Madras plague regulations in force outside the Presidency town - Volume 3
Disease focus: Plague
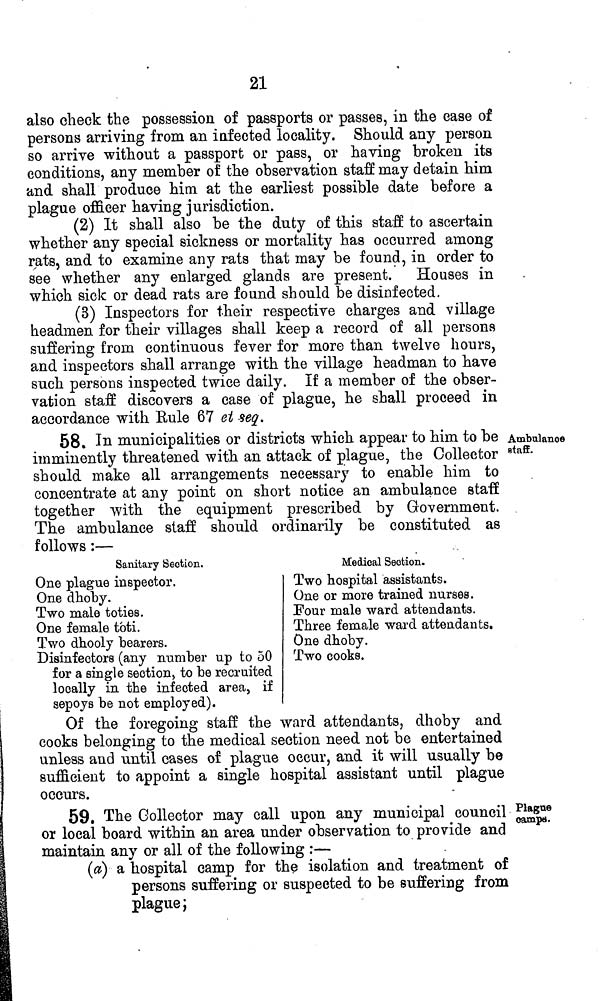
21
also check the possession of passports or passes, in the case of
persons arriving from an infected locality. Should any person
so arrive without a passport or pass, or having broken its
conditions, any member of the observation staff may detain him
and shall produce him at the earliest possible date before a
plague officer having jurisdiction.
(2) It shall also be the duty of this staff to ascertain
whether any special sickness or mortality has occurred among
rats, and to examine any rats that may be found, in order to
see whether any enlarged glands are present. Houses in
which sick or dead rats are found should be disinfected.
(3) Inspectors for their respective charges and village
headmen for their villages shall keep a record of all persons
suffering from continuous fever for more than twelve hours,
and inspectors shall arrange with the village headman to have
such persons inspected twice daily. If a member of the obser-
vation staff discovers a case of plague, he shall proceed in
accordance with Eule 67 et seq.
Ambulance
Btaff.
58. In municipalities or districts which appear to him to be
imminently threatened with an attack of plague, the Collector
should make all arrangements necessary to enable him to
concentrate at any point on short notice an ambulance staff
together with the equipment prescribed by Government.
The ambulance staff should ordinarily be constituted as
follows :—
Sanitary Section.
One plague inspector.
One dhoby.
Two male toties.
One female toti.
Two dhooly bearers.
Disinfectors (any number up to 50
\
»/
.IT
for a single section, to be recruited
locally in the infected area, if
sepoys be not employed).
Medical Section.
Two hospital assistants.
One or more trained nurses.
Four male ward attendants.
Three female ward attendants
One dhoby.
Two cooks.
Of the foregoing statt the ward attendants, dhoby and
cooks belonging to the medical section need not be entertained
unless and until cases of plague occur, and it will usually be
sufficient to appoint a single hospital assistant until plague
occurs.
Plague
oamps.
59. The Collector may call upon any municipal council
or local board within an area under observation to provide and
maintain any or all of the following :—
(a) a hospital camp for the isolation and treatment of
persons suffering or suspected to be suffering from
plague;